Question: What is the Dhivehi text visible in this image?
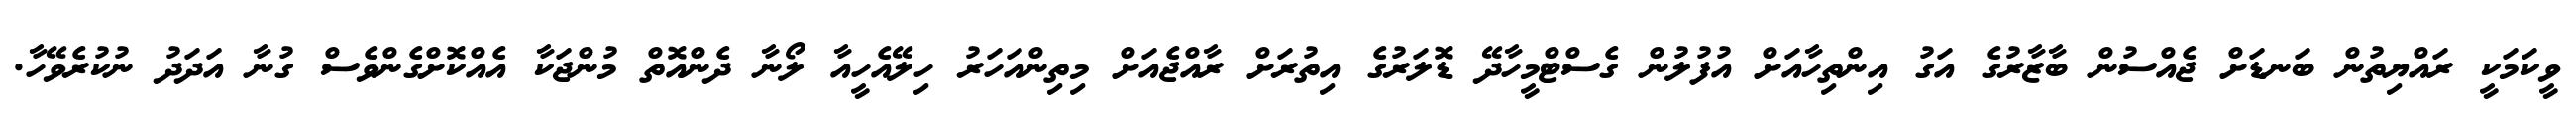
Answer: ވީކަމަކީ ރައްޔިތުން ބަނޑަށް ޖެއްސުން ބާޒާރުގެ އަގު އިންތިހާއަށް އުފުލުން ގެސްޓްމީހާދޭ ޑޮލަރުގެ އިތުރަށް ރާއްޖެއަށް މިތިންއަހަރު ހިލޭއެހީއާ ލޯނާ ދެންއޮތް މުންޖަކާ އެއްކޮށްގެންވެސް ގުނާ އަދަދު ނުކުރެވޭހާ.